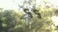
૬૬